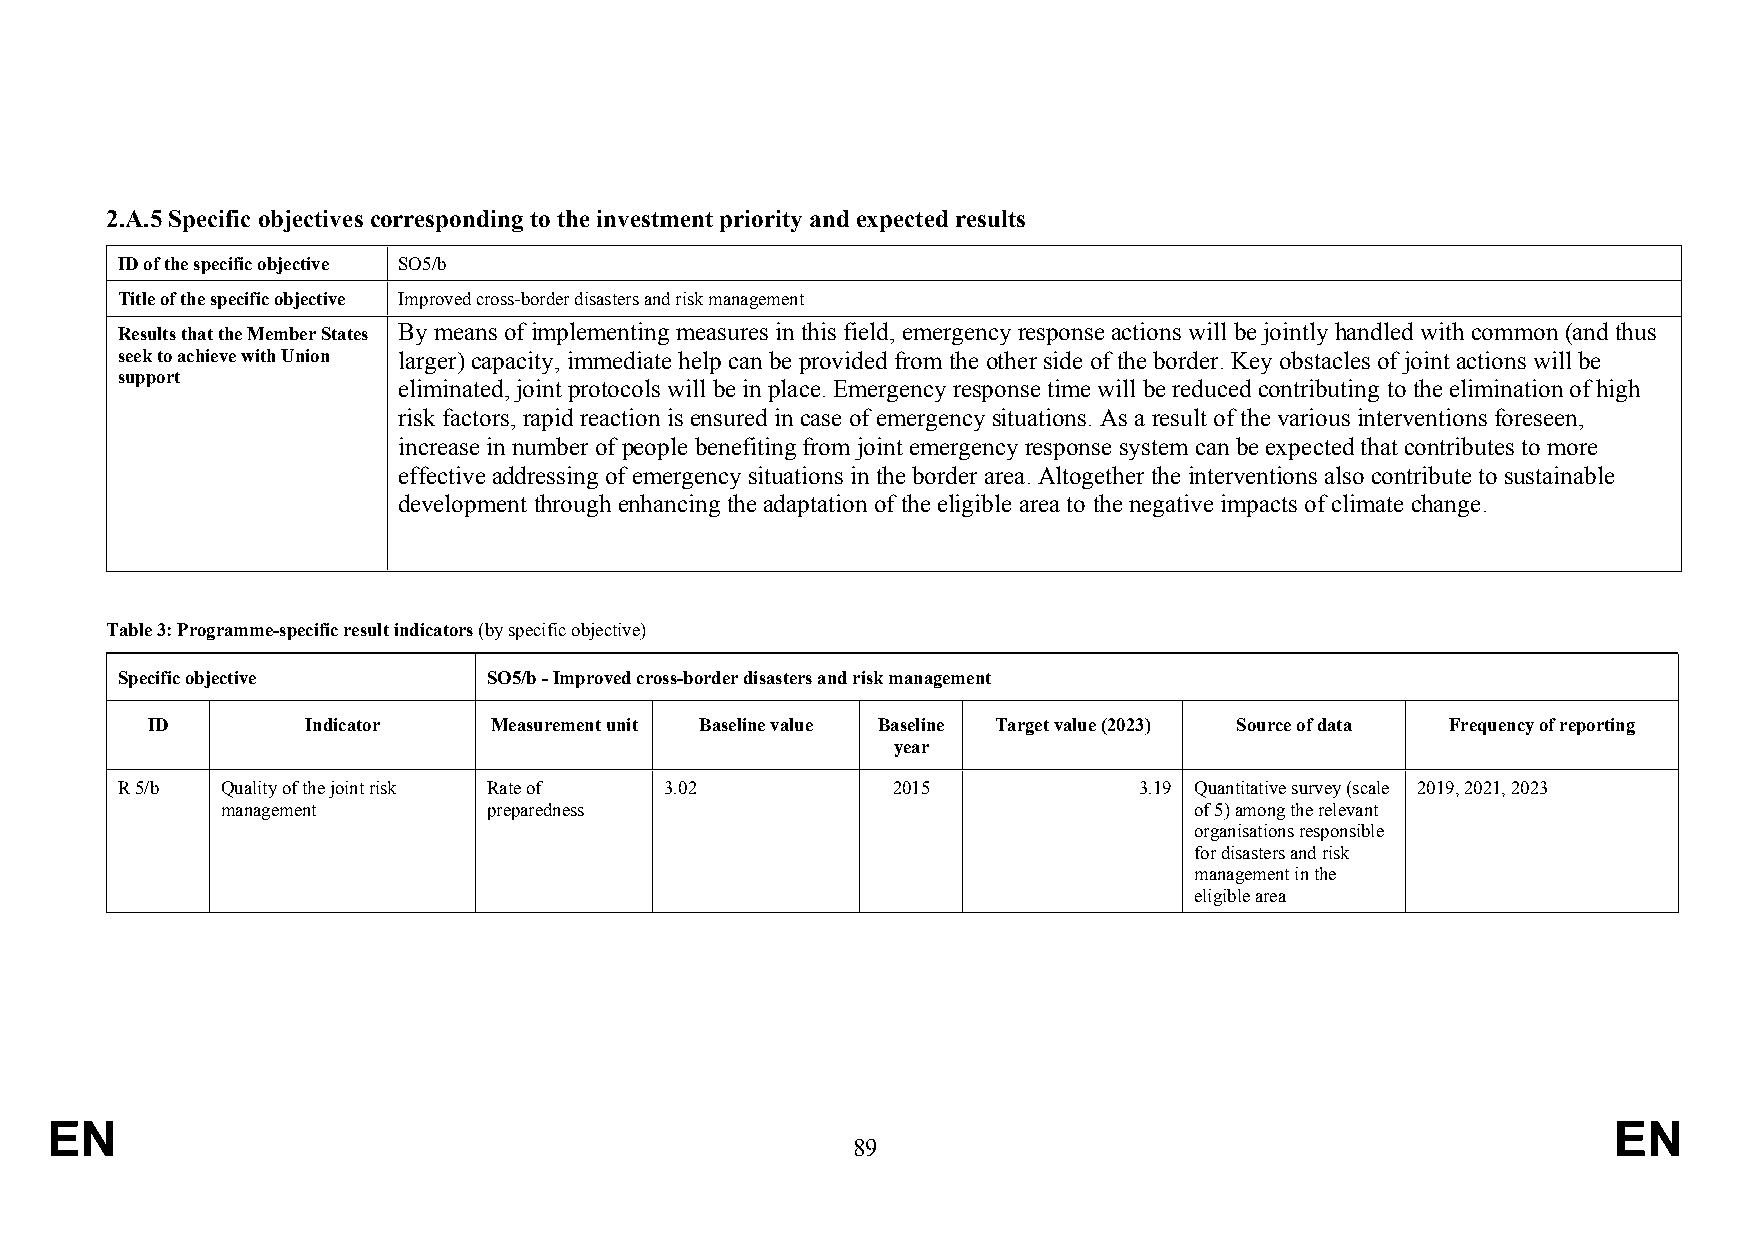
2.A.5 Specific objectives corresponding to the investment priority and expected results
 ID of the specific objective SO5/b
 Title of the specific objective Improved cross-border disasters and risk management
 Results that the Member States By means of implementing measures in this field, emergency response actions will be jointly handled with common (and thus
 seek to achieve with Union larger) capacity, immediate help can be provided from the other side of the border. Key obstacles of joint actions will be
 support
 eliminated, joint protocols will be in place. Emergency response time will be reduced contributing to the elimination of high
 risk factors, rapid reaction is ensured in case of emergency situations. As a result of the various interventions foreseen,
 increase in number of people benefiting from joint emergency response system can be expected that contributes to more
 effective addressing of emergency situations in the border area. Altogether the interventions also contribute to sustainable
 development through enhancing the adaptation of the eligible area to the negative impacts of climate change.
 Table 3: Programme-specific result indicators (by specific objective)
 Specific objective      SO5/b - Improved cross-border disasters and risk management
 ID        Indicator   Measurement unit Baseline value Baseline Target value (2023) Source of data Frequency of reporting
 year
 R 5/b  Quality of the joint risk Rate of 3.02      2015            3.19 Quantitative survey (scale 2019, 2021, 2023
 management       preparedness                                   of 5) among the relevant
 organisations responsible
 for disasters and risk
 management in the
 eligible area
 EN                                                                                                      EN
 89